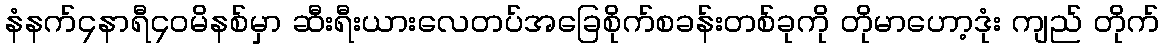
နံနက်၄နာရီ၄၀မိနစ်မှာ ဆီးရီးယားလေတပ်အခြေစိုက်စခန်းတစ်ခုကို တိုမာဟော့ဒုံး ကျည် တိုက်